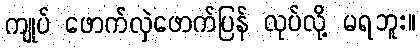
ကျုပ် ဖောက်လှဲဖောက်ပြန် လုပ်လို့ မရဘူး။